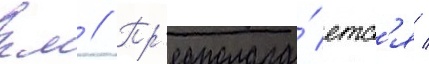
км // Пр'едполага́етс'я /